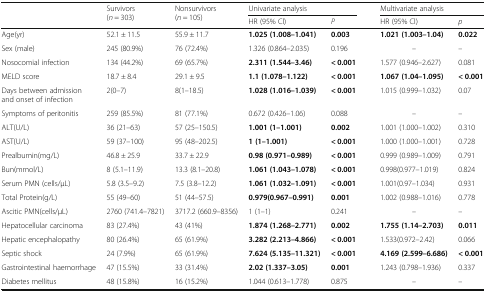
<table><thead><tr><td rowspan="2"></td><td rowspan="2"><b>Survivors(<i>n</i> = 303)</b></td><td rowspan="2"><b>Nonsurvivors(<i>n</i> = 105)</b></td><td colspan="2"><b>Univariate analysis</b></td><td rowspan="2"></td><td colspan="2"><b>Multivariate analysis</b></td></tr><tr><td><b>HR (95% Cl)</b></td><td><b><i>P</i></b></td><td><b>HR (95% Cl)</b></td><td><b><i>p</i></b></td></tr></thead><tbody><tr><td>Age(yr)</td><td>52.1 ± 11.5</td><td>55.9 ± 11.7</td><td><b>1.025 (1.008–1.041)</b></td><td><b>0.003</b></td><td></td><td><b>1.021 (1.003–1.04)</b></td><td><b>0.022</b></td></tr><tr><td>Sex (male)</td><td>245 (80.9%)</td><td>76 (72.4%)</td><td>1.326 (0.864–2.035)</td><td>0.196</td><td></td><td>–</td><td>–</td></tr><tr><td>Nosocomial infection</td><td>134 (44.2%)</td><td>69 (65.7%)</td><td><b>2.311 (1.544–3.46)</b></td><td><b>&lt; 0.001</b></td><td></td><td>1.577 (0.946–2.627)</td><td>0.081</td></tr><tr><td>MELD score</td><td>18.7 ± 8.4</td><td>29.1 ± 9.5</td><td><b>1.1 (1.078–1.122)</b></td><td><b>&lt; 0.001</b></td><td></td><td><b>1.067 (1.04–1.095)</b></td><td><b>&lt; 0.001</b></td></tr><tr><td>Days between admission and onset of infection</td><td>2(0–7)</td><td>8(1–18.5)</td><td><b>1.028 (1.016–1.039)</b></td><td><b>&lt; 0.001</b></td><td></td><td>1.015 (0.999–1.032)</td><td>0.07</td></tr><tr><td>Symptoms of peritonitis</td><td>259 (85.5%)</td><td>81 (77.1%)</td><td>0.672 (0.426–1.06)</td><td>0.088</td><td></td><td>–</td><td>–</td></tr><tr><td>ALT(U/L)</td><td>36 (21–63)</td><td>57 (25–150.5)</td><td><b>1.001 (1–1.001)</b></td><td><b>0.002</b></td><td></td><td>1.001 (1.000–1.002)</td><td>0.310</td></tr><tr><td>AST(U/L)</td><td>59 (37–100)</td><td>95 (48–202.5)</td><td><b>1 (1–1.001)</b></td><td><b>&lt; 0.001</b></td><td></td><td>1.000 (1.000–1.001)</td><td>0.728</td></tr><tr><td>Prealbumin(mg/L)</td><td>46.8 ± 25.9</td><td>33.7 ± 22.9</td><td><b>0.98 (0.971–0.989)</b></td><td><b>&lt; 0.001</b></td><td></td><td>0.999 (0.989–1.009)</td><td>0.791</td></tr><tr><td>Bun(mmol/L)</td><td>8 (5.1–11.9)</td><td>13.3 (8.1–20.8)</td><td><b>1.061 (1.043–1.078)</b></td><td><b>&lt; 0.001</b></td><td></td><td>0.998(0.977–1.019)</td><td>0.824</td></tr><tr><td>Serum PMN (cells/μL)</td><td>5.8 (3.5–9.2)</td><td>7.5 (3.8–12.2)</td><td><b>1.061 (1.032–1.091)</b></td><td><b>&lt; 0.001</b></td><td></td><td>1.001(0.97–1.034)</td><td>0.931</td></tr><tr><td>Total Protein(g/L)</td><td>55 (49–60)</td><td>51 (44–57.5)</td><td><b>0.979(0.967–0.991)</b></td><td><b>0.001</b></td><td></td><td>1.002 (0.988–1.016)</td><td>0.778</td></tr><tr><td>Ascitic PMN(cells/μL)</td><td>2760 (741.4–7821)</td><td>3717.2 (660.9–8356)</td><td>1 (1–1)</td><td>0.241</td><td></td><td>–</td><td>–</td></tr><tr><td>Hepatocellular carcinoma</td><td>83 (27.4%)</td><td>43 (41%)</td><td><b>1.874 (1.268–2.771)</b></td><td><b>0.002</b></td><td></td><td><b>1.755 (1.14–2.703)</b></td><td><b>0.011</b></td></tr><tr><td>Hepatic encephalopathy</td><td>80 (26.4%)</td><td>65 (61.9%)</td><td><b>3.282 (2.213–4.866)</b></td><td><b>&lt; 0.001</b></td><td></td><td>1.533(0.972–2.42)</td><td>0.066</td></tr><tr><td>Septic shock</td><td>24 (7.9%)</td><td>65 (61.9%)</td><td><b>7.624 (5.135–11.321)</b></td><td><b>&lt; 0.001</b></td><td></td><td><b>4.169 (2.599–6.686)</b></td><td><b>&lt; 0.001</b></td></tr><tr><td>Gastrointestinal haemorrhage</td><td>47 (15.5%)</td><td>33 (31.4%)</td><td><b>2.02 (1.337–3.05)</b></td><td><b>0.001</b></td><td></td><td>1.243 (0.798–1.936)</td><td>0.337</td></tr><tr><td>Diabetes mellitus</td><td>48 (15.8%)</td><td>16 (15.2%)</td><td>1.044 (0.613–1.778)</td><td>0.875</td><td></td><td>–</td><td>–</td></tr></tbody></table>